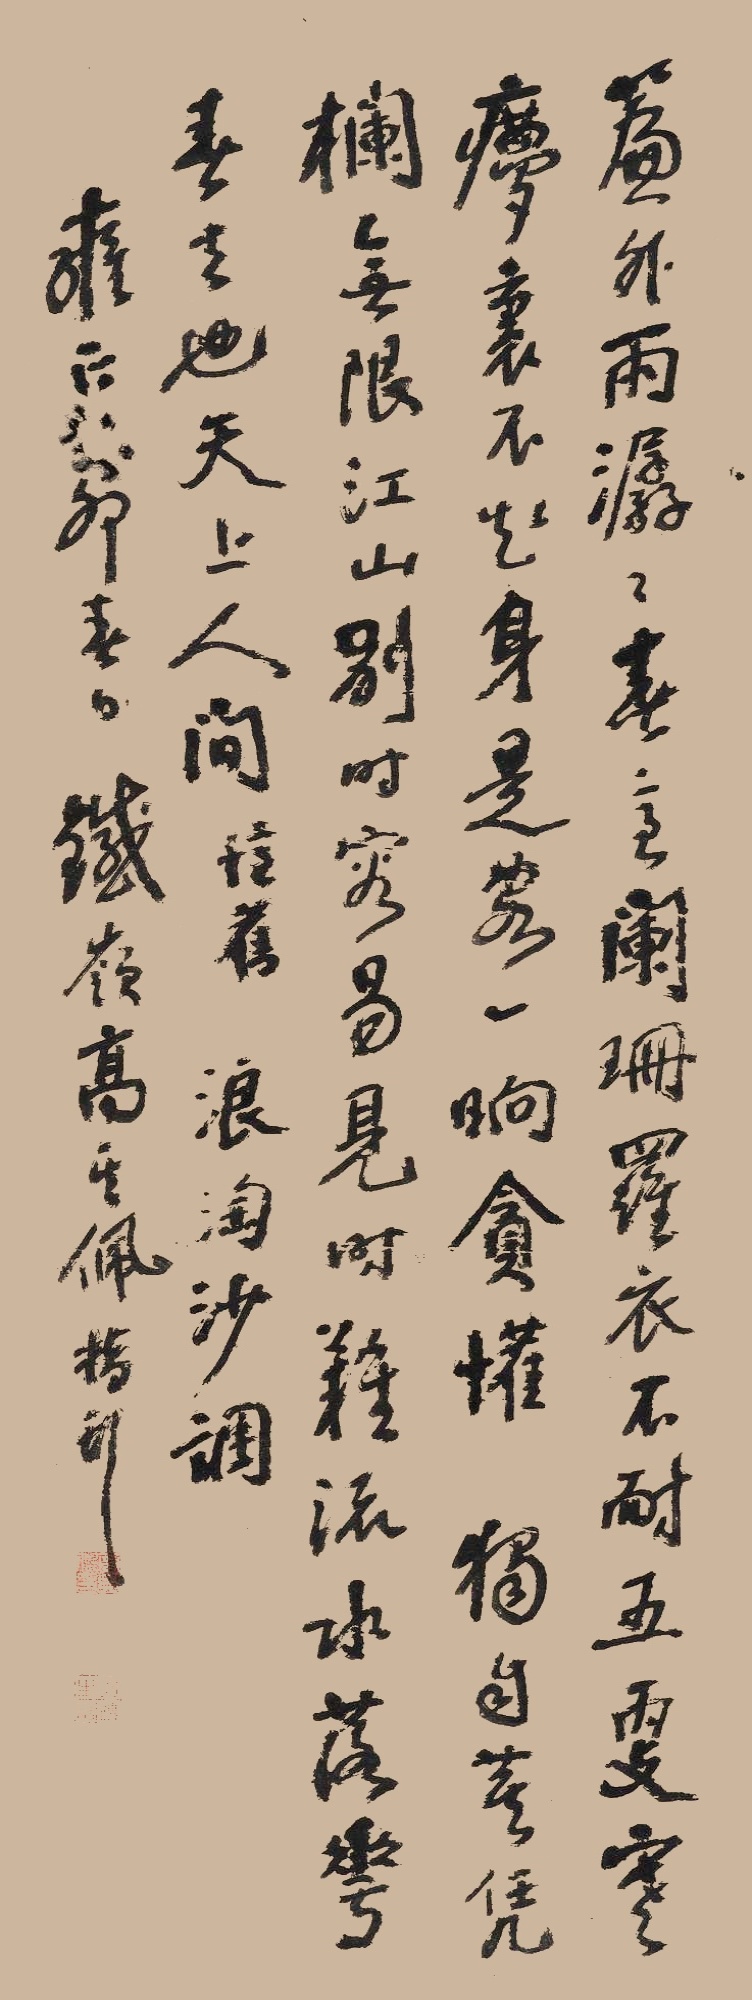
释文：帘外雨潺潺，春意阑珊。罗衾不耐五更寒。梦里不知身是客，一晌贪欢。独自莫凭栏，无限江山，别时容易见时难。流水落花春去也，天上人间。忆旧。浪淘沙调。雍正癸卯春日，铁岭高其佩指头。